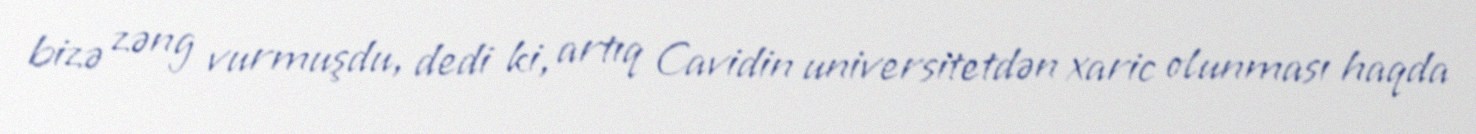
bizə zəng vurmuşdu, dedi ki, artıq Cavidin universitetdən xaric olunması haqda